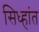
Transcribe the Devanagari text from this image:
सिध्हांत